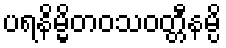
ပရနိမ္မိတဝသဝတ္တီနမ္ပိ